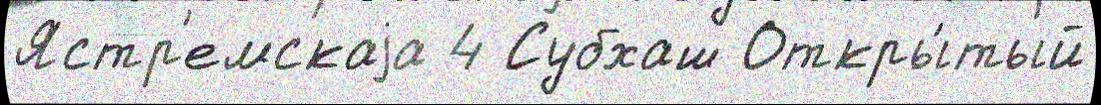
Ястр'емскаjа 4 Субхаш Откры́тый